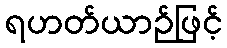
ရဟတ်ယာဉ်ဖြင့်